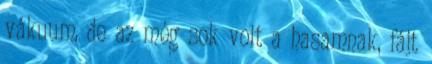
vákuum, de az még sok volt a hasamnak, fájt